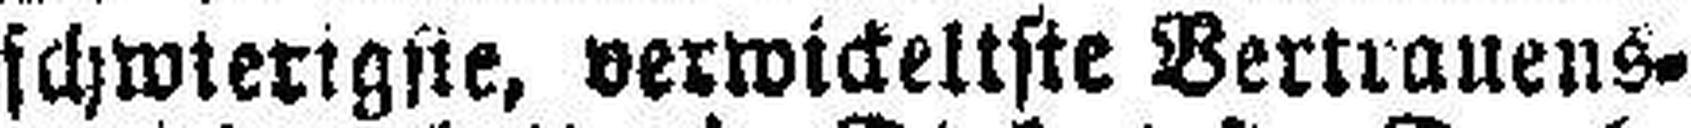
schwierigste, verwickeltste Bertrauens¬